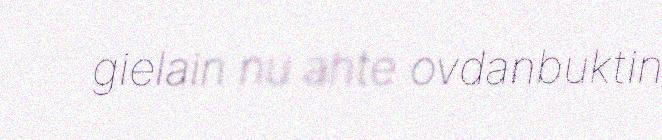
gielain nu ahte ovdanbuktin